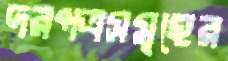
দরপত্রসমূহের